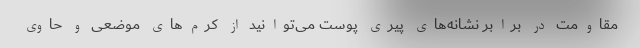
مقاومت در برابر نشانه‌های پیری پوست می‌توانید از کرم‌های موضعی و حاوی